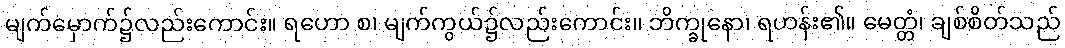
မျက်မှောက်၌လည်းကောင်း။ ရဟော စ၊ မျက်ကွယ်၌လည်းကောင်း။ ဘိက္ခုနော၊ ရဟန်း၏။ မေတ္တံ၊ ချစ်စိတ်သည်